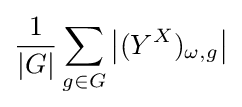
{\frac {1}{|G|}}\sum _{g\in G}\left|(Y^{X})_{\omega ,g}\right|